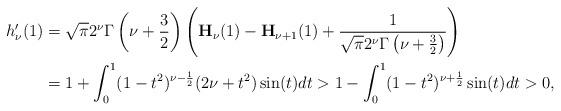
LaTeX: \begin{align*}h_{\nu}'(1)&=\sqrt{\pi}2^{\nu}\Gamma\left(\nu+\frac{3}{2}\right)\left(\mathbf{H}_{\nu}(1)-\mathbf{H}_{\nu+1}(1)+\frac{1}{\sqrt{\pi}2^{\nu}\Gamma\left(\nu+\frac{3}{2}\right)}\right)\\&=1+\int_0^1(1-t^2)^{\nu-\frac{1}{2}}(2\nu+t^2)\sin(t)dt>1-\int_0^1(1-t^2)^{\nu+\frac{1}{2}}\sin(t)dt>0,\end{align*}